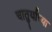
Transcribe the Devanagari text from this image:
चातुर्याच्या